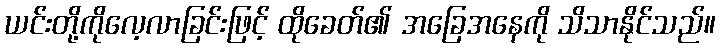
ယင်းတို့ကိုလေ့လာခြင်းဖြင့် ထိုခေတ်၏ အခြေအနေကို သိသာနိုင်သည်။